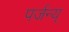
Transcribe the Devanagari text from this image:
पर्जन्य्